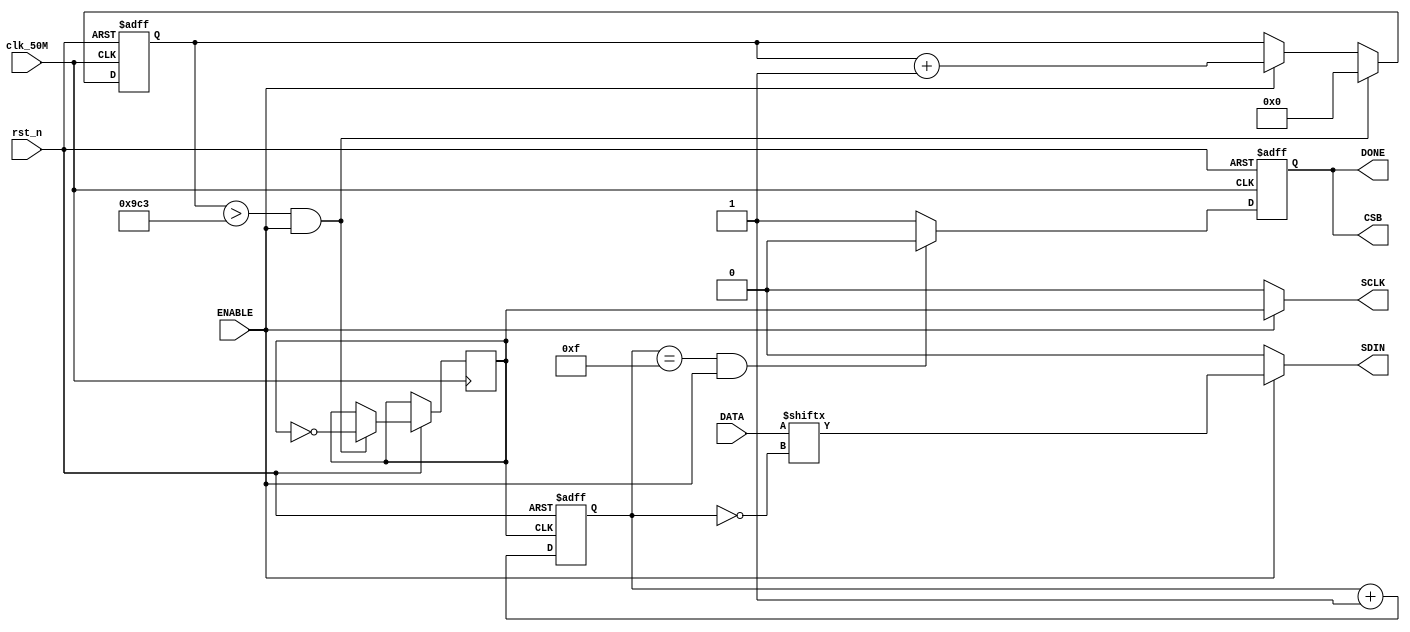
/***************************************************
*	Name		: 	SPI_send  
*	Origin		:	171003
*	Important	:	Only for wm8731 
****************************************************/
module SPI_send
(
	input		clk_50M,		//50M
	input		rst_n,
	input		ENABLE,
	input		[15:0]DATA,
	
	output	reg CSB,
	output	SCLK,
	output	SDIN,
	output	DONE
);
reg [12:0]Divide_Cnt;
reg [3:0]Sel_Cnt;
reg clk_10K;
assign	SCLK = (ENABLE)?clk_10K:0;
assign	SDIN = (ENABLE)?DATA[~Sel_Cnt]:0;
assign	DONE = CSB;
always@(posedge clk_50M or negedge rst_n)
begin
	if(!rst_n)
		CSB <= 1;
	else if(Sel_Cnt == 15 && ENABLE)
		CSB <= 0;
	else
		CSB <= 1;
end
always@(posedge clk_50M or negedge rst_n)
begin
	if(!rst_n)
		Divide_Cnt <= 13'd0;
	else if(Divide_Cnt > 5000/2-1 && ENABLE)//10k
	begin
		Divide_Cnt 	<= 13'd0;
		clk_10K		<= ~clk_10K;
	end
	else if(ENABLE)
		Divide_Cnt <= Divide_Cnt + 13'd1;		
end
always@(negedge clk_10K or negedge rst_n)
begin
	if(!rst_n)
		Sel_Cnt <= 4'd0;
	else
		Sel_Cnt <= Sel_Cnt + 4'd1;
end

endmodule